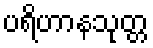
ပရိဟာနသုတ္တ